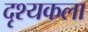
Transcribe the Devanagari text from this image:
दृश्‍यकला